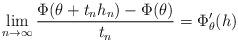
LaTeX: \begin{align*}\lim_{n \to \infty} \frac{\Phi(\theta + t_n h_n) - \Phi(\theta)}{t_n} = \Phi'_{\theta}(h)\end{align*}